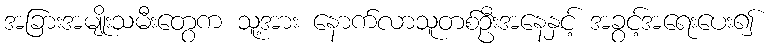
အခြားအမျိုးသမီးတွေက သူ့အား နောက်လာသူတစ်ဦးအနေနှင့် အခွင့်အရေးပေး၍